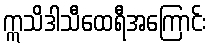
ဣသိဒါသီထေရီအကြောင်း